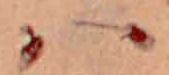
ハ